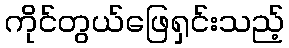
ကိုင်တွယ်ဖြေရှင်းသည့်